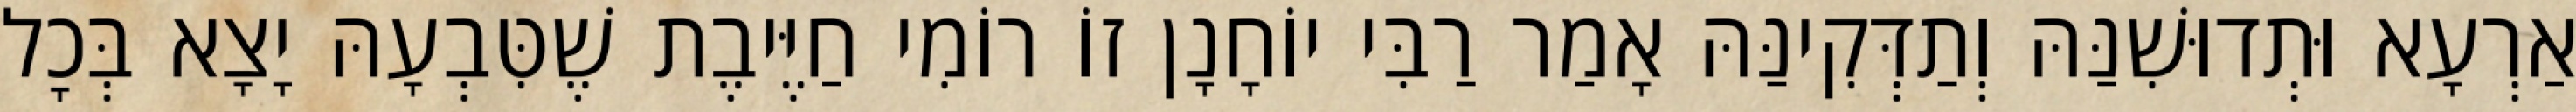
אַרְעָא וּתְדוּשִׁנַּהּ וְתַדְּקִינַּהּ אָמַר רַבִּי יוֹחָנָן זוֹ רוֹמִי חַיֶּיבֶת שֶׁטִּבְעָהּ יָצָא בְּכׇל